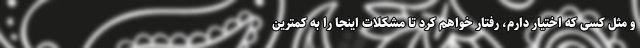
و مثل کسی که اختیار دارم، رفتار خواهم کرد تا مشکلات اینجا را به کمترین